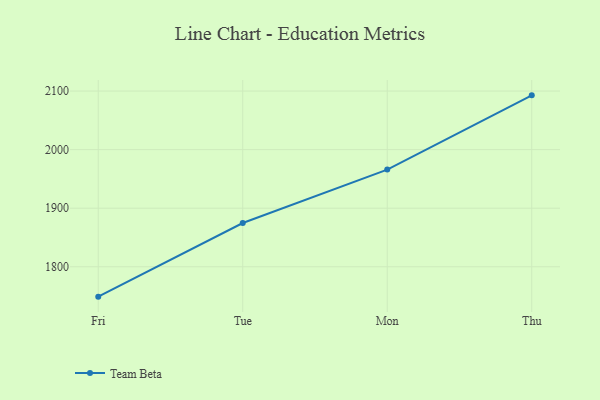
{"axis": {"x": "Day", "y": "Gross Profit (USD K)"}, "legend": ["Team Beta"], "data": [{"x": "Fri", "y": 1749.0, "type": "Team Beta"}, {"x": "Tue", "y": 1874.7, "type": "Team Beta"}, {"x": "Mon", "y": 1965.9, "type": "Team Beta"}, {"x": "Thu", "y": 2092.7, "type": "Team Beta"}]}